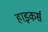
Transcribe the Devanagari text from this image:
हाइकर्स